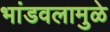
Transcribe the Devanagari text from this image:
भांडवलामुळे